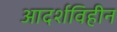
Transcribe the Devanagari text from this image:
आदर्शविहीन